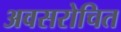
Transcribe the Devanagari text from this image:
अवसरोचित